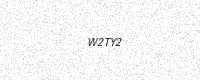
Text: W2TY2